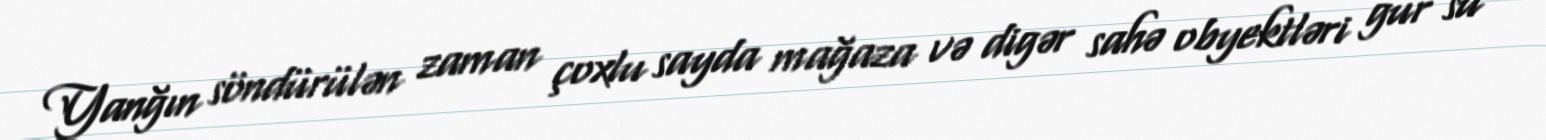
Yanğın söndürülən zaman çoxlu sayda mağaza və digər sahə obyektləri gur su